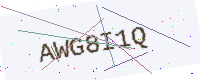
Text: AWG8I1Q